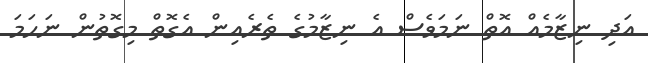
އަދި ނިޒާމެއް އޮތް ނަމަވެސް އެ ނިޒާމުގެ ތެރެއިން އެގޮތް މިގޮތުން ނަހަމަ